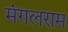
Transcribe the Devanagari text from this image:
मंगलराम